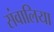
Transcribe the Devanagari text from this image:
संवालिया